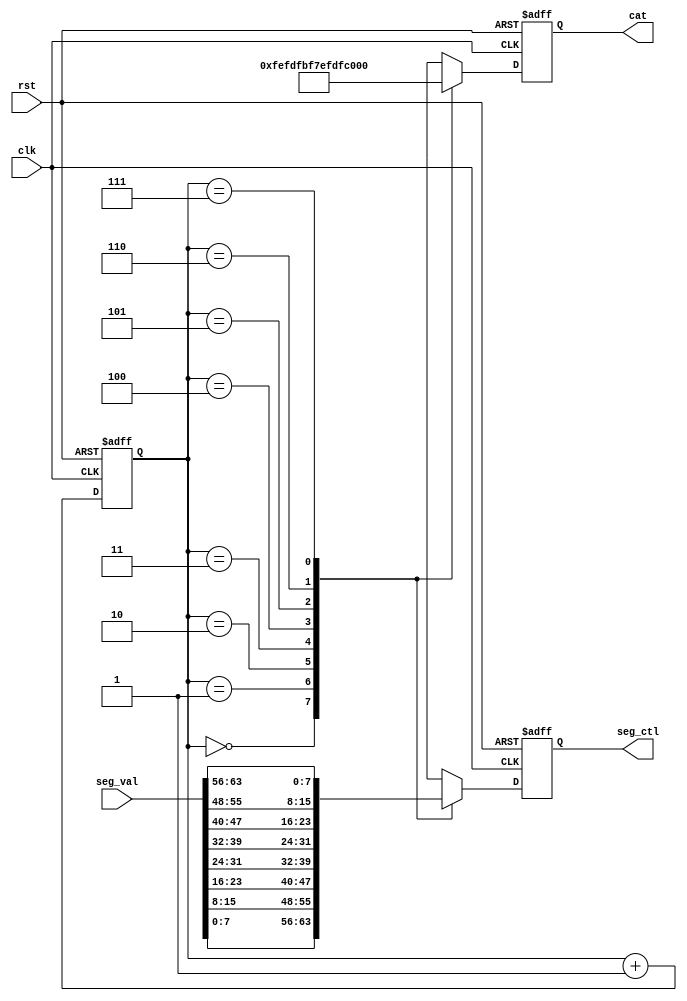
// ********************************************************************
// >>>>>>>>>>>>>>>>>>>>>>>>> COPYRIGHT NOTICE <<<<<<<<<<<<<<<<<<<<<<<<<
// ********************************************************************
// Module name  : seg_decoder
// Description  : 
// Web          : 
// 
// --------------------------------------------------------------------
// Code Revision History : 
// --------------------------------------------------------------------
// Version: |Mod. Date:   |Changes Made:
// V1.0     |2023/11/15   |Initial ver
// --------------------------------------------------------------------
 
module seg_decoder (clk, rst, seg_val , seg_ctl, cat);

   // input 
   input clk;
   input rst;
   input [63:0] seg_val;

   // output
   output reg [7:0] seg_ctl;
   output reg [7:0] cat;

   // variable
   reg [2:0] cnt;

   // init
   initial
   begin
      seg_ctl <= 0;
      cat <= 8'b1111_1111;
      cnt <= 0;
   end

   // Main
   always @ (posedge clk or posedge rst) 
   begin 
      if(rst) begin
         cnt <= 0;
      end
      else 
         cnt = cnt + 1;
   end


   always @ (posedge clk or posedge rst)
   begin
      if(rst) begin
         seg_ctl <= 0;
         cat <= 8'b1111_1111;
      end
      else begin
         case (cnt)
            0 : begin
               cat <= 'b1111_1110;
               seg_ctl <= seg_val[7:0];
            end
            1 : begin
               cat <= 'b1111_1101;
               seg_ctl <= seg_val[15:8];
            end
            2 : begin 
               cat <= 'b1111_1011;
               seg_ctl <= seg_val[23:16];
            end
            3 : begin 
               cat <= 'b1111_0111;
               seg_ctl <= seg_val[31:24];
            end
            4 : begin 
               cat <= 'b1110_1111;
               seg_ctl <= seg_val[39:32];
            end
            5 : begin 
               cat <= 'b1101_1111;
               seg_ctl <= seg_val[47:40];
            end
            6 : begin 
               cat <= 'b1011_1111;
               seg_ctl <= seg_val[55:48];
            end
            7 : begin 
               cat <= 'b0111_1111;
               seg_ctl <= seg_val[63:56];
            end
         endcase
      end
   end

   
endmodule